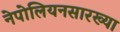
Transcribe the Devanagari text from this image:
नेपोलियनसारख्या